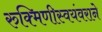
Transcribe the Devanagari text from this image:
रुक्मिणीस्वयंवराने